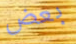
بعض